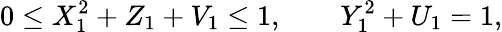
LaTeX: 0\leq X_{1}^{2}+Z_{1}+V_{1}\leq 1,\qquad Y_{1}^{2}+U_{1}=1,